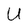
Character: U